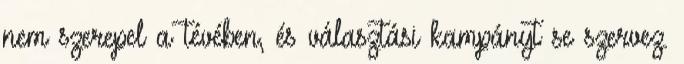
nem szerepel a tévében, és választási kampányt se szervez.